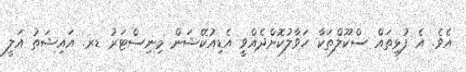
އެވެ. އެ ފުޅިތައް ސްކޫލްތަކާ ހަވާލުކޮށްދެއްވީ އެޑިއުކޭޝަން މިނިސްޓަރު ޑރ. އައިޝަތު އަލީ